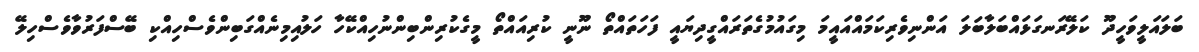
ބަލައަލީވަހީދޫ ކަލޭރަނގަޅައްބަލާބަލަ އަންނިވެރިކަމައްއައީމަ މިގައުމުގެތަރައްގީދިޔައީ ފަހަތައްތޯ ނޫނީ ކުރިއައްތޯ މީގެކުރިންބިންނުހިއްކޭހާ ހަލުއިމިނެއްގަބިންވެސްހިއްކި ބޭސްފަރުވާވެސްހިލޭ